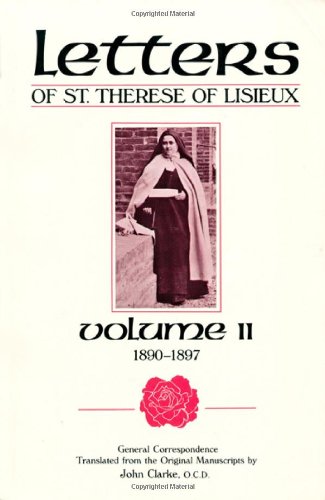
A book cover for Letters of St. Therese of Lisieux, Vol. II; John Clarke; Christian Books & Bibles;